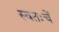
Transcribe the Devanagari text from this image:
स्वतःचें